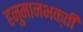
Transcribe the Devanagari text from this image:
हनुमानभक्ती